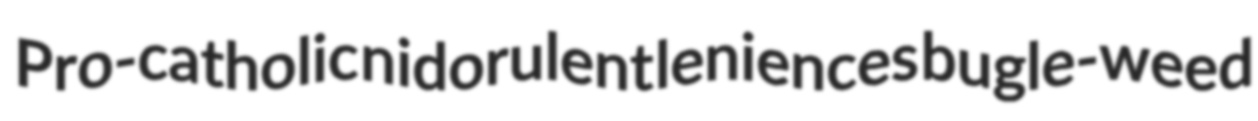
Pro-catholic nidorulent leniences bugle-weed